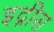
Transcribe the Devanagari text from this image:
इद्गीस